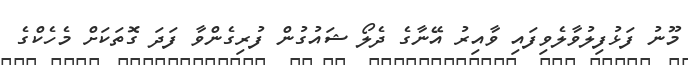
މޫނު ފަޅުފިލުވާލެވިފައި ވާއިރު އޭނާގެ ދެލޯ ޝައުގުން ފުރިގެންވާ ފަދަ ގޮތަކަށް މެހެކްގެ